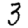
Digit: 3